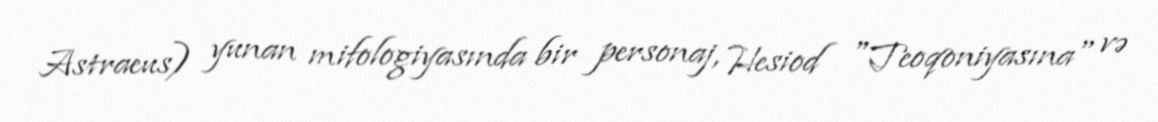
Astraeus) yunan mifologiyasında bir personaj, Hesiod "Teoqoniyasına" və